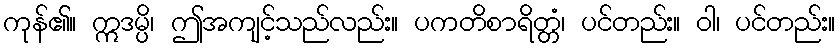
ကုန်၏။ ဣဒမ္ပိ၊ ဤအကျင့်သည်လည်း။ ပကတိစာရိတ္တံ၊ ပင်တည်း။ ဝါ၊ ပင်တည်း။